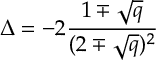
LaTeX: \Delta = - 2 { \frac { 1 \mp \sqrt { q } } { ( 2 \mp \sqrt { q } ) ^ { 2 } } }